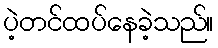
ပဲ့တင်ထပ်နေခဲ့သည်။